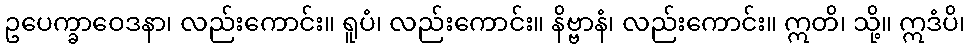
ဥပေက္ခာဝေဒနာ၊ လည်းကောင်း။ ရူပံ၊ လည်းကောင်း။ နိဗ္ဗာနံ၊ လည်းကောင်း။ ဣတိ၊ သို့။ ဣဒံပိ၊